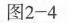
图2-4